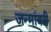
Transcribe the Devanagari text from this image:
जन्मांवरी